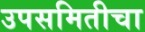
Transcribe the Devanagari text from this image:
उपसमितीचा